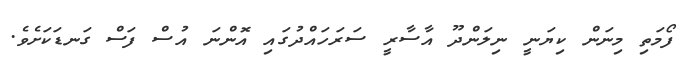
ފޯމަތި މިނަން ކިޔަނީ ނިލަންދޫ އާސާރީ ސަރަހައްދުގައި އޮންނަ އުސް ފަސް ގަނޑަކަށެވެ.